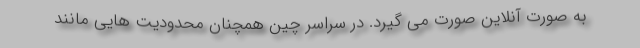
به صورت آنلاین صورت می گیرد. در سراسر چین همچنان محدودیت هایی مانند